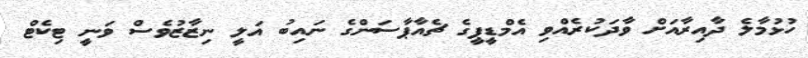
ހުޅުމާލެ ދާއިރާއަށް ވާދަކުރެއްވި އެމްޑީޕީގެ ޗެއާޕާސަންގެ ނައިބު އަލީ ނިޒާޒުވެސް ވަނީ ޓިކެޓް